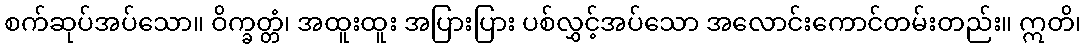
စက်ဆုပ်အပ်သော။ ဝိက္ခတ္တံ၊ အထူးထူး အပြားပြား ပစ်လွှင့်အပ်သော အလောင်းကောင်တမ်းတည်း။ ဣတိ၊